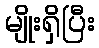
မျိုးရှိပြီး